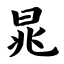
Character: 晁